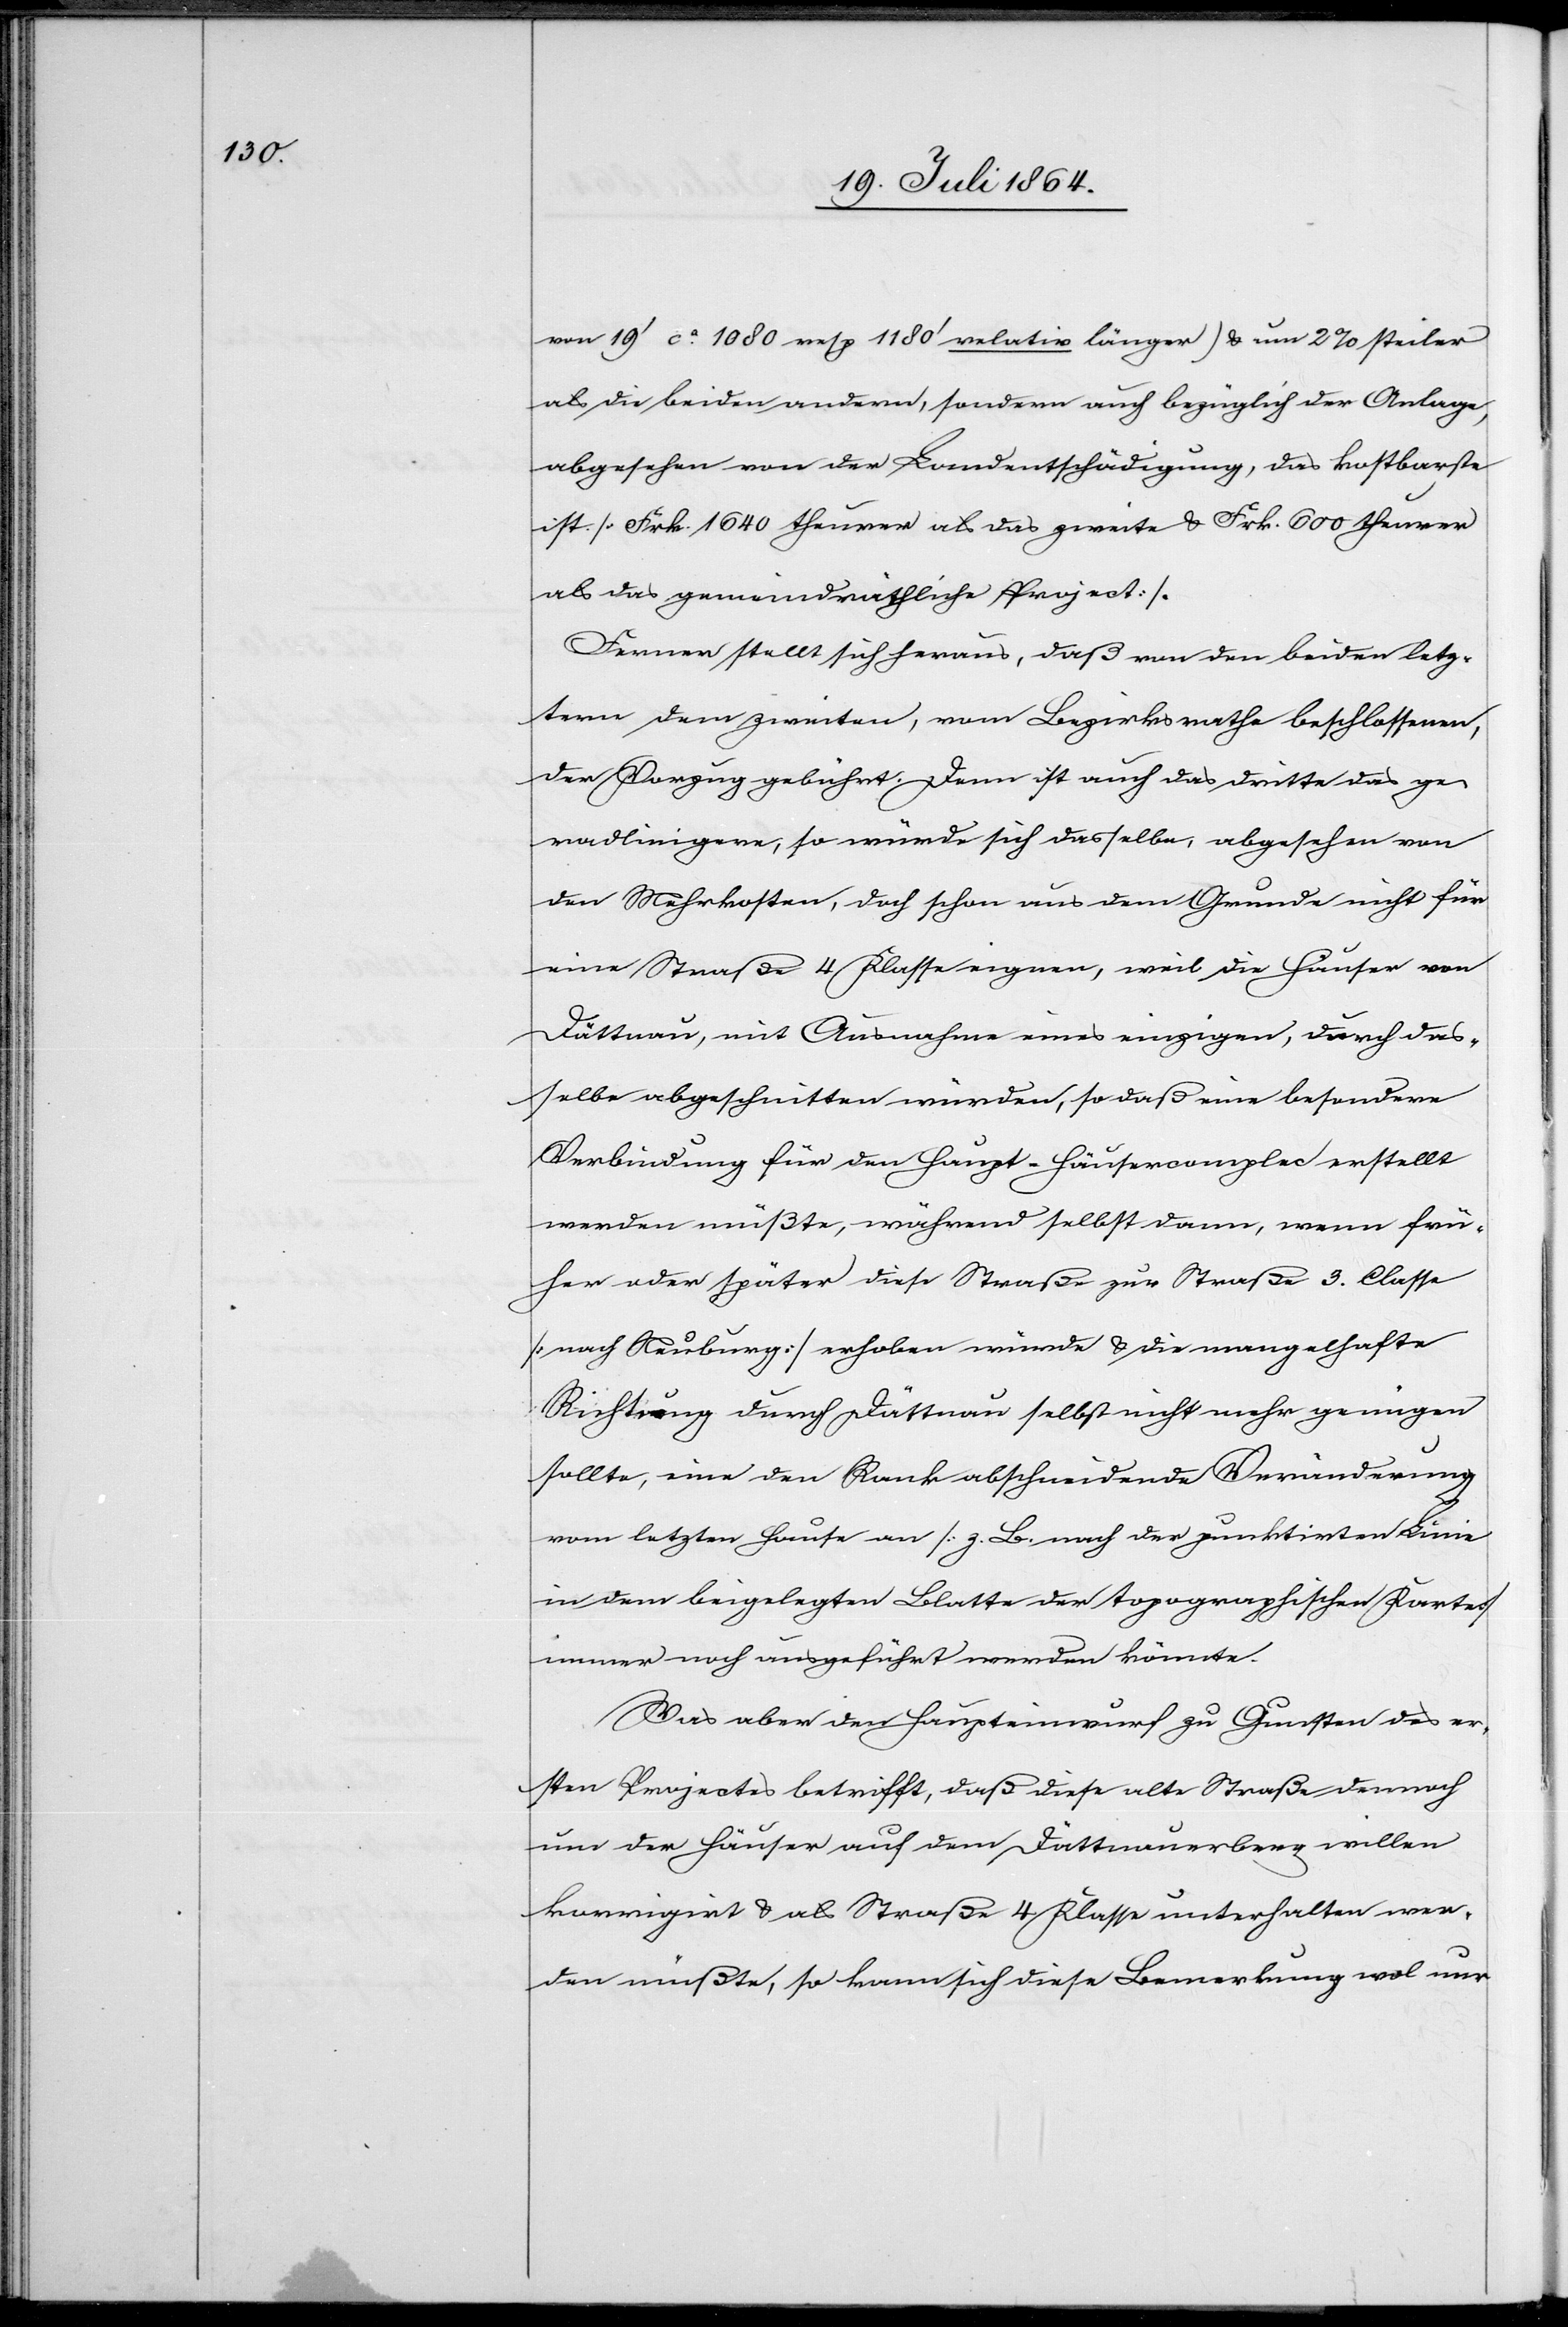
von 19’ ca 1080 resp 1180’ relativ länger) u. um 2% steiler
als die beiden andern, sondern auch bezüglich der Anlage,
abgesehen von der Landentschädigung, das kostbarste
ist [Frk. 1640 theurer als das zweite u. Frk. 600 theurer
als das gemeindräthliche Project].
Ferner stellt sich heraus, daß von den beiden letz¬
tern dem zweiten, vom Bezirksrathe beschlossenen,
der Vorzug gebührt. Denn ist auch das dritte das ge¬
radlinigere, so würde sich dasselbe, abgesehen von
den Mehrkosten, doch schon aus dem Grunde nicht für
eine Straße 4 Klasse eignen, weil die Häuser von
Dättnau, mit Ausnahme eines einzigen, durch die¬
selbe abgeschnitten würden, so daß eine besondere
Verbindung für den Haupt-Häusercomplec [sic!] erstellt
werden müßte, während selbst dann, wenn frü¬
her oder später diese Straße zur Straße 3. Classe
[nach Neuburg] erhoben würde u. die mangelhafte
Richtung durch Dättnau selbst nicht mehr genügen
sollte, eine den Rank abschneidende Veränderung
vom letzten Hause an [z. B. nach der punktirten Linie
in dem beigelegten Blatte der topographischen Karte]
immer noch ausgeführt werden könnte.
Was aber den Haupteinwurf zu Gunsten des er¬
sten Projectes betrifft, daß diese alte Straße dennoch
um der Häuser auf dem Dättnauerberg willen
korrigirt u. als Straße 4 Klasse unterhalten wer¬
den müßte, so kann sich diese Bemerkung wol nur